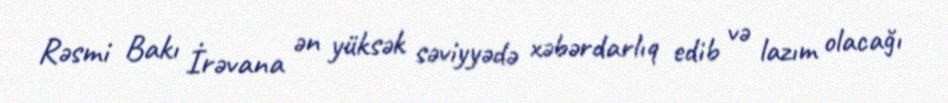
Rəsmi Bakı İrəvana ən yüksək səviyyədə xəbərdarlıq edib və lazım olacağı